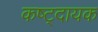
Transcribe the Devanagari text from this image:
कष्ट्दायक